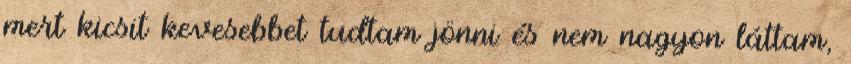
mert kicsit kevesebbet tudtam jönni és nem nagyon láttam,